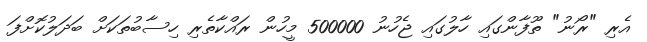
އެރި "ރޯނު" ތޫފާންގައި ހާލުގައި ޖެހުނު 500000 މީހުން ރައްކާތެރި ހިސާބުތަކަށް ބަދަލުކޮށްފަ